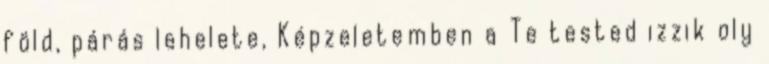
föld, párás lehelete, Képzeletemben a Te tested izzik oly